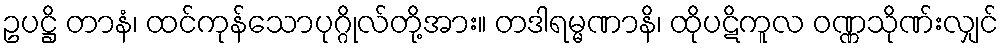
ဥပဋ္ဌိ တာနံ၊ ထင်ကုန်သောပုဂ္ဂိုလ်တို့အား။ တဒါရမ္မဏာနိ၊ ထိုပဋိကူလ ဝဏ္ဏသိုဏ်းလျှင်